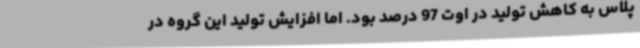
پلاس به کاهش تولید در اوت 97 درصد بود. اما افزایش تولید این گروه در